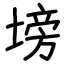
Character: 塝